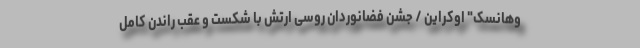
وهانسک" اوکراین / جشن فضانوردان روسی ارتش با شکست و عقب راندن کامل